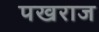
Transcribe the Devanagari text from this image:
पखराज